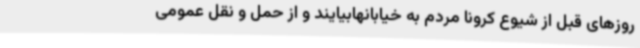
روزهای قبل از شیوع کرونا مردم به خیابانهابیایند و از حمل و نقل عمومی